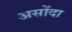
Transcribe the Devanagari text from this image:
असोंदा